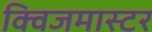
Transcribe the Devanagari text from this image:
क्विजमास्टर